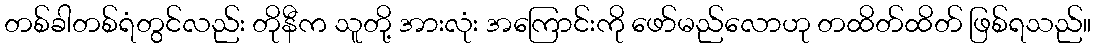
တစ်ခါတစ်ရံတွင်လည်း တိုနီက သူတို့ အားလုံး အကြောင်းကို ဖော်မည်လောဟု တထိတ်ထိတ် ဖြစ်ရသည်။